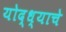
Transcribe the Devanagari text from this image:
योद्ध्याचे